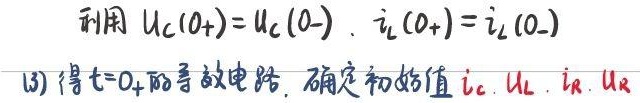
利用 \(u_{C}(0_{+}) = u_{C}(0_{-})\)，\(i_{L}(0_{+}) = i_{L}(0_{-})\)
(3) 得\(t = 0_{+}\)的等效电路，确定初始值\(i_{C}\)，\(u_{L}\)，\(i_{R}\)，\(u_{R}\)